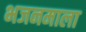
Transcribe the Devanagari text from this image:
भजनमाला